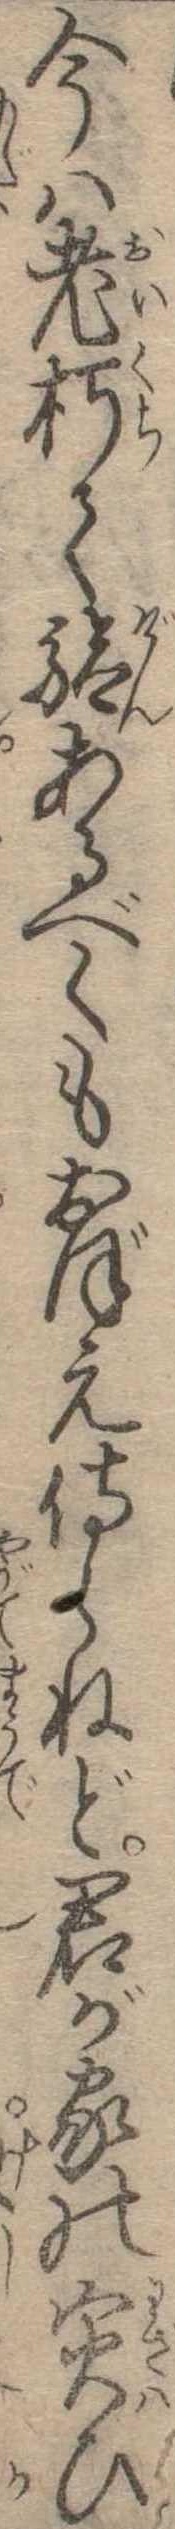
今は老朽て験あるべくもおぼえ侍らねど君が家の寅ひ